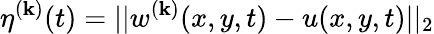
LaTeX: \eta^{(\mathbf{k})}(t)=||w^{(\mathbf{k})}(x,y,t)-u(x,y,t)||_{2}